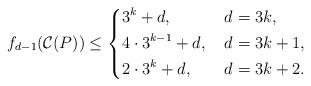
LaTeX: \begin{align*}f_{d-1}(\mathcal{C}(P)) \leq \left\{\begin{aligned}&3^k+d, \, \, &d&=3k,\\&4 \cdot 3^{k-1}+d, \, \, &d&=3k+1,\\&2 \cdot 3^k+d, \, \, &d&=3k+2.\end{aligned}\right.\end{align*}